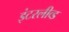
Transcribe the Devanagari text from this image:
इंटरलीव्ड